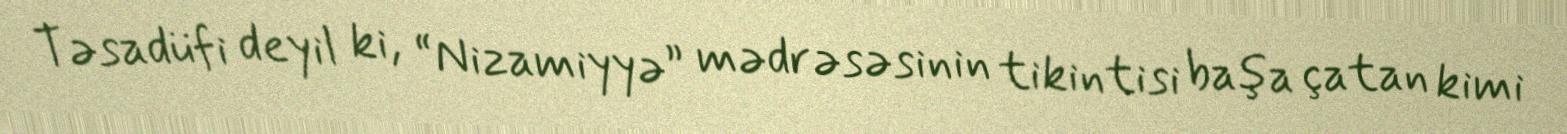
Təsadüfi deyil ki, “Nizamiyyə” mədrəsəsinin tikintisi başa çatan kimi